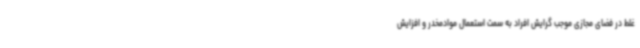
غلط در فضای مجازی موجب گرایش افراد به سمت استعمال موادمخدر و افزایش